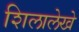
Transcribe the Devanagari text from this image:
शिलालेखे